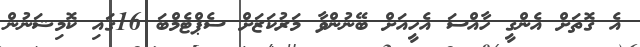
އެ ގޮތަށް އެންގީ ހާއްސަ އެހީއަށް ބޭނުންވާ މަރުކަޒަށް ސެޕްޓެމްބަ 16ގައި ކޮމިޝަނުން